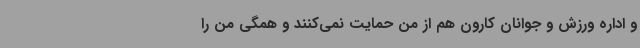
و اداره ‌ورزش و جوانان کارون هم از من حمایت نمی‌کنند و همگی من را